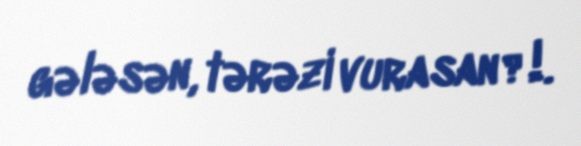
gələsən, tərəzi vurasan?!.